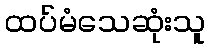
ထပ်မံသေဆုံးသူ